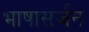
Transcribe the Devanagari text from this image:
भाषासर्जन